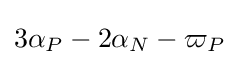
3\alpha _{P}-2\alpha _{N}-\varpi _{P}